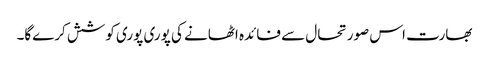
بھارت اس صورتحال سے فائدہ اٹھانے کی پوری پوری کوشش کرےگا۔